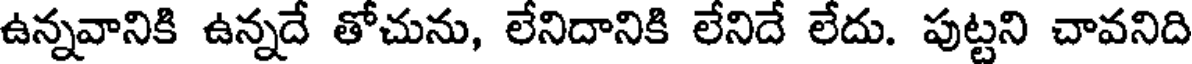
ఉన్నవానికి ఉన్నదే తోచును, లేనిదానికి లేనిదే లేదు. పుట్టని చావనిది